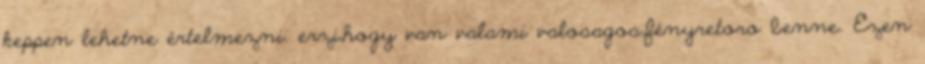
keppen lehetne értelmezni. erzi,hogy van valami valosagos,fényretoro benne. Ezen